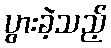
ပွားခဲ့သည့်